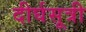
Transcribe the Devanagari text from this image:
दीर्घसूत्री